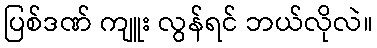
ပြစ်ဒဏ် ကျူး လွန်ရင် ဘယ်လိုလဲ။